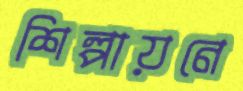
শিল্পায়নে